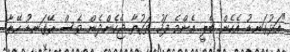
"އަޅުގަނޑު އެހެން ބެލީ އެންމެ ފަހު ވަގުތާ ޖެހެންދެން ވެސް ރޭގަނޑު ހޭލާ